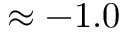
\approx - 1 . 0